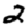
Digit: 2